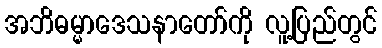
အဘိဓမ္မာဒေသနာတော်ကို လူ့ပြည်တွင်